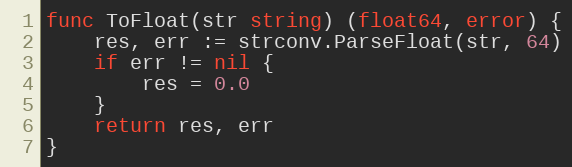
Language: Go
func ToFloat(str string) (float64, error) {
	res, err := strconv.ParseFloat(str, 64)
	if err != nil {
		res = 0.0
	}
	return res, err
}